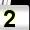
Digit: 2